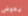
يعوض